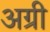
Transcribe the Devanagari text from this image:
अग्री